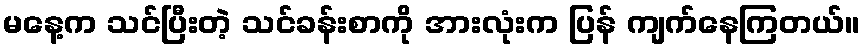
မနေ့က သင်ပြီးတဲ့ သင်ခန်းစာကို အားလုံးက ပြန် ကျက်နေကြတယ်။